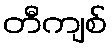
တီကျစ်